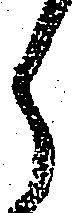
ら